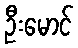
ဦးမောင်